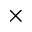
\times